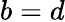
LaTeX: b=d